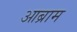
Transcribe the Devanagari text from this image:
आब्राम